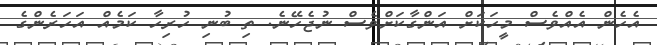
އެހެން އެއްވެސް މީހަކަށް އަންގާކަށްވެސް ނުޖެހޭނެ. ތި ބުނި ހުރިހާ ކަމެއް އަހަރެންގެ